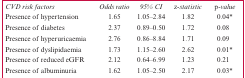
<table><thead><tr><td><b><i>CVD risk factors</i></b></td><td><b><i>Odds ratio</i></b></td><td><b><i>95% CI</i></b></td><td><b><i>z-statistic</i></b></td><td><b><i>p-value</i></b></td></tr></thead><tbody><tr><td>Presence of hypertension</td><td>1.65</td><td>1.05–2.84</td><td>1.82</td><td>0.04*</td></tr><tr><td>Presence of diabetes</td><td>2.37</td><td>0.89–0.50</td><td>1.72</td><td>0.08</td></tr><tr><td>Presence of hyperuricaemia</td><td>2.76</td><td>0.86–8.84</td><td>1.71</td><td>0.09</td></tr><tr><td>Presence of dyslipidaemia</td><td>1.73</td><td>1.15–2.60</td><td>2.62</td><td>0.01*</td></tr><tr><td>Presence of reduced eGFR</td><td>2.12</td><td>0.64–6.99</td><td>1.23</td><td>0.21</td></tr><tr><td>Presence of albuminuria</td><td>1.62</td><td>1.05–2.50</td><td>2.17</td><td>0.03*</td></tr></tbody></table>